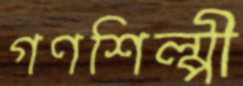
গণশিল্পী